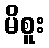
မိစူး